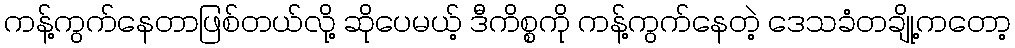
ကန့်ကွက်နေတာဖြစ်တယ်လို့ ဆိုပေမယ့် ဒီကိစ္စကို ကန့်ကွက်နေတဲ့ ဒေသခံတချို့ကတော့